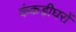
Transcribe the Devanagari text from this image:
कंकड़ीघरों